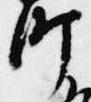
町